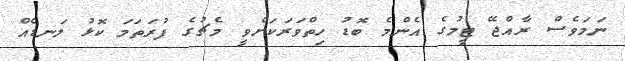
ނަމަވެސް ރާއްޖޭ ޓީމުގެ އެންމެ ބޮޑު ހިތްވަރަކަށްވީ މެޗުގެ ފުރަތަމަ ކޮޅު ލަނޑެއްް